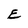
Character: E